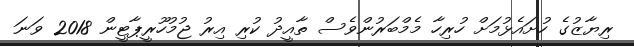
ރިޔާޒުގެ ހުށައެޅުމަށް ހުރިހާ މެމްބަރުންވެސް ތާއީދު ކުރި އިރު ޖުމުހޫރީޕާޓީން 2018 ވަނަ